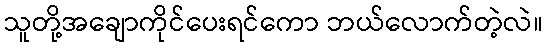
သူတို့အချောကိုင်ပေးရင်ကော ဘယ်လောက်တဲ့လဲ။